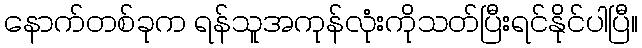
နောက်တစ်ခုက ရန်သူအကုန်လုံးကိုသတ်ပြီးရင်နိုင်ပါပြီ။